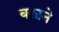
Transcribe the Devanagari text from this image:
बकाने